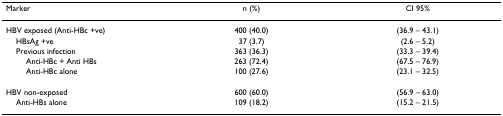
<table><thead><tr><td><b>Marker</b></td><td><b>n (%)</b></td><td><b>CI 95%</b></td></tr></thead><tbody><tr><td>HBV exposed (Anti-HBc +ve)</td><td>400 (40.0)</td><td>(36.9 – 43.1)</td></tr><tr><td> HBsAg +ve</td><td>37 (3.7)</td><td>(2.6 – 5.2)</td></tr><tr><td> Previous infection</td><td>363 (36.3)</td><td>(33.3 – 39.4)</td></tr><tr><td>Anti-HBc + Anti HBs</td><td>263 (72.4)</td><td>(67.5 – 76.9)</td></tr><tr><td>Anti-HBc alone</td><td>100 (27.6)</td><td>(23.1 – 32.5)</td></tr><tr><td>HBV non-exposed</td><td>600 (60.0)</td><td>(56.9 – 63.0)</td></tr><tr><td> Anti-HBs alone</td><td>109 (18.2)</td><td>(15.2 – 21.5)</td></tr></tbody></table>